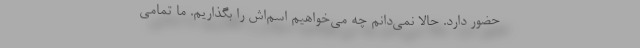
حضور دارد. حالا نمی‌دانم چه می‌خواهیم اسم‌اش را بگذاریم. ما تمامی